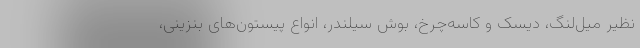
نظیر میل‌لنگ، دیسک و کاسه‌چرخ، بوش سیلندر، انواع پیستون‌های بنزینی،